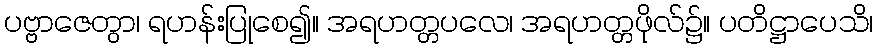
ပဗ္ဗာဇေတွာ၊ ရဟန်းပြုစေ၍။ အရဟတ္တပလေ၊ အရဟတ္တဖိုလ်၌။ ပတိဋ္ဌာပေသိ၊